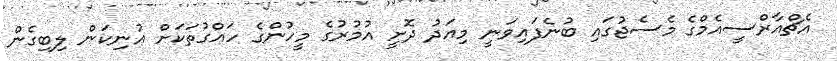
އެޗްއާރްސީއެމްގެ މެސެޖުގައި ބުނެފައިވަނީ މިއަދު ދޮށީ އުމުރުގެ މީހުންގެ ހައްގުތަކަށް އުނިކަން ލިބިގެން